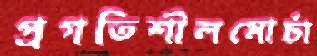
প্রগতিশীলমোর্চা